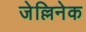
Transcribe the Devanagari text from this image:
जेल्लिनेक